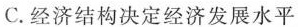
C.经济结构决定经济发展水平